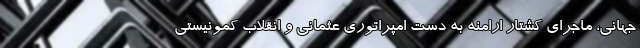
جهانی، ماجرای کشتار ارامنه به دست امپراتوری عثمانی و انقلاب کمونیستی